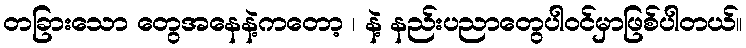
တခြားသော တွေအနေနဲ့ကတော့ ၊ နဲ့ နည်းပညာတွေပါဝင်မှာဖြစ်ပါတယ်။